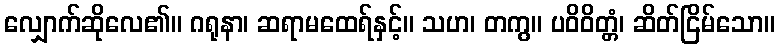
လျှောက်ဆိုလေ၏။ ဂရုနာ၊ ဆရာမထေရ်နှင့်။ သဟ၊ တကွ။ ပဝိဝိတ္တံ၊ ဆိတ်ငြိမ်သော။